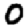
Digit: 0